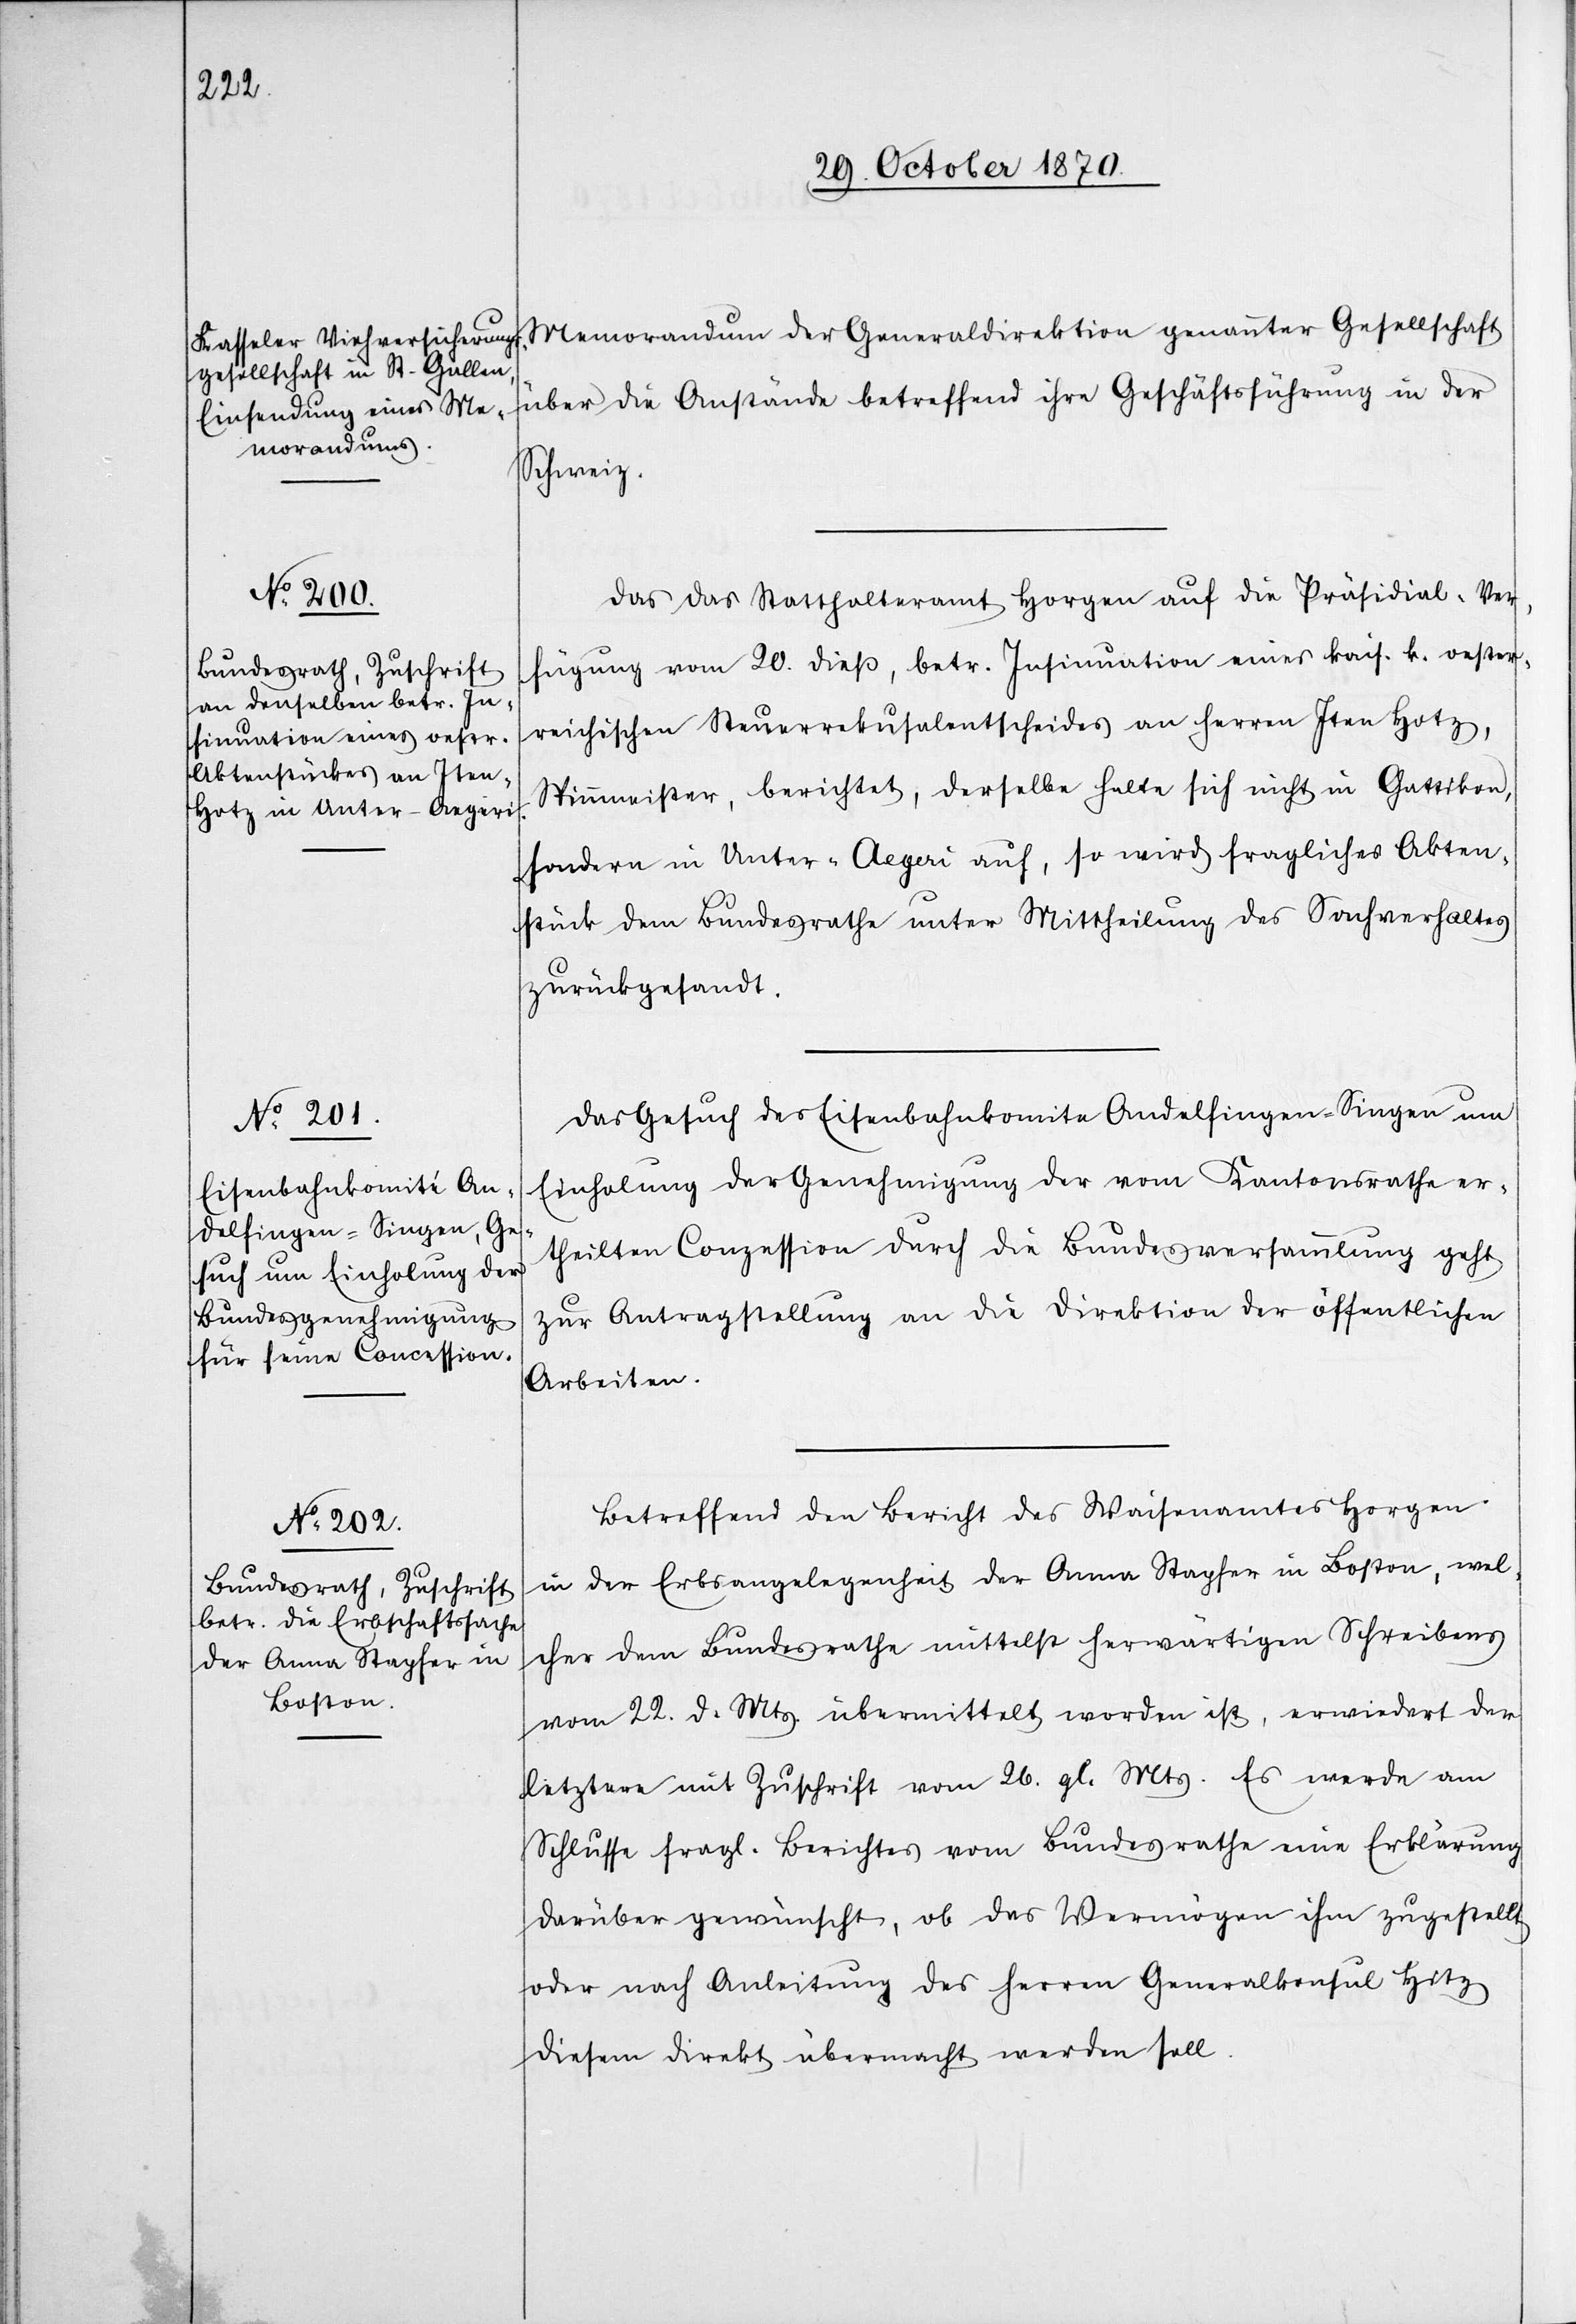
31. October 1870.]
Memorandum der Generaldirektion genannter Gesellschaft
über die Anstände betreffend ihre Geschäftsführung in der
Schweiz.
Da das Statthalteramt Horgen auf die Präsidial-Ver¬
fügung vom 20. dieß, betr. Insinuation einer kais. k. oester¬
reichischen Steuerreku[r]salentscheides an Herren Itenhotz,
Spinnmeister, berichtet, derselbe halte sich nicht in Gattikon,
sondern in Unter-Aegeri auf, so wird fragliches Akten¬
stück dem Bundesrathe unter Mittheilung des Sachverhaltes
zurückgesandt.
Das Gesuch des Eisenbahnkomite Andelfingen–Singen um
Einholung der Genehmigung der vom Kantonsrathe er¬
theilten Conzession durch die Bundesversammlung geht
zur Antragstellung an die Direktion der öffentlichen
Arbeiten.
Betreffend den Bericht des Waisenamtes Horgen
in der Erbsangelegenheit der Anna Stapfer in Boston, wel¬
cher dem Bundesrathe mittelst herwärtigen Schreibens
vom 22. d. Mts. übermittelt worden ist, erwiedert der
letztere mit Zuschrift vom 26. gl. Mts. es werde am
Schlusse fragl. Berichtes vom Bundesrathe eine Erklärung
darüber gewünscht, ob das Vermögen ihm zugestellt
oder nach Anleitung des Herren Generalkonsul Hitz
diesem direkt übermacht werden soll.